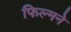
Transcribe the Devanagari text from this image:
फिल्मने